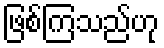
ဖြစ်ကြသည်ဟု